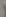
(